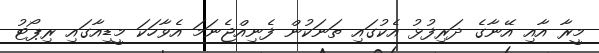
މީރާ އާއި އޭނާގެ ދަރިފުޅު އެކުގައި ތަނަކުން ފެނިއްޖެނަމަ އެވާހަކަ މީޑިއާގައި ރިޕޯޓު